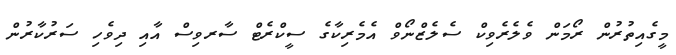
މީގެއިތުރުން ރޯމަން ވެލެރެވިކް ސެލެޒްނޯވް އެމެރިކާގެ ސީކްރެޓް ސާރވިސް އާއި ދިވެހި ސަރުކާރުން